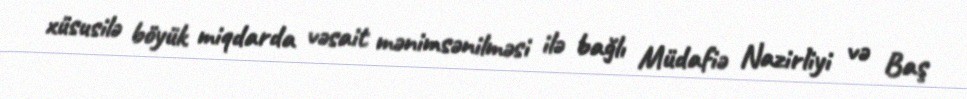
xüsusilə böyük miqdarda vəsait mənimsənilməsi ilə bağlı Müdafiə Nazirliyi və Baş